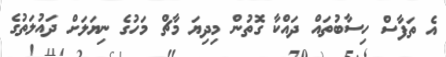
އެ ތަފާސް ހިސާބުތައް ދައްކާ ގޮތުން މިދިޔަ މާޗް މަހުގެ ނިޔަލަށް ދައުލަތުގެ